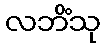
လဘိံသု